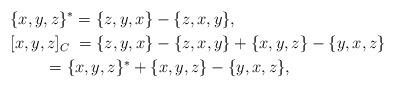
LaTeX: \begin{align*} &\{x,y,z\}^{*}=\{z,y,x\}-\{z,x,y\},\\ &[x,y,z]_C\;=\{z,y,x\}-\{z,x,y\}+\{x,y,z\}-\{y,x,z\}\\ &\quad\;\;\;\; =\{x,y,z\}^{*}+\{x,y,z\}-\{y,x,z\},\end{align*}